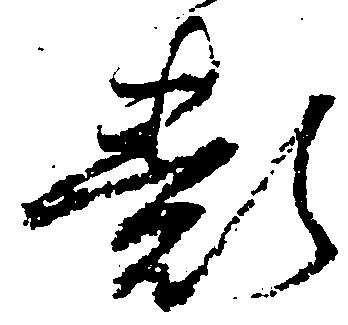
類